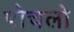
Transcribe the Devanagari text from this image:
पोचलो